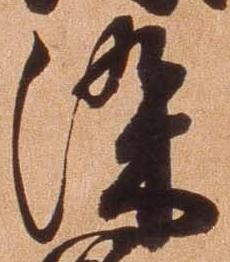
染